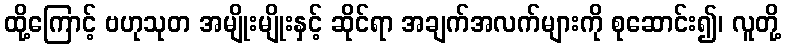
ထို့ကြောင့် ဗဟုသုတ အမျိုးမျိုးနှင့် ဆိုင်ရာ အချက်အလက်များကို စုဆောင်း၍၊ လူတို့